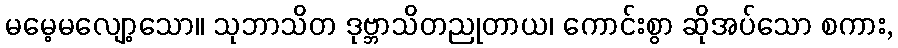
မမေ့မလျော့သော။ သုဘာသိတ ဒုဗ္ဘာသိတညုတာယ၊ ကောင်းစွာ ဆိုအပ်သော စကား,